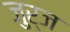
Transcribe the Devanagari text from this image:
जुर्ज